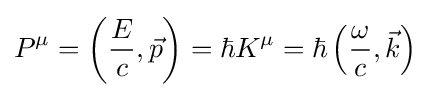
P^{\mu }=\left({\frac {E}{c}},{\vec {p}}\right)=\hbar K^{\mu }=\hbar \left({\frac {\omega }{c}},{\vec {k}}\right)